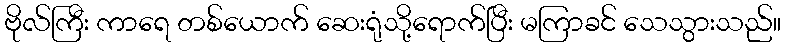
ဗိုလ်ကြီး ကာရေ တစ်ယောက် ဆေးရုံသို့ရောက်ပြီး မကြာခင် သေသွားသည်။